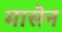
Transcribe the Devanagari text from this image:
मासेन